Vaccination in Bombay 1863-1868 - 1863-1868
Year: 1863
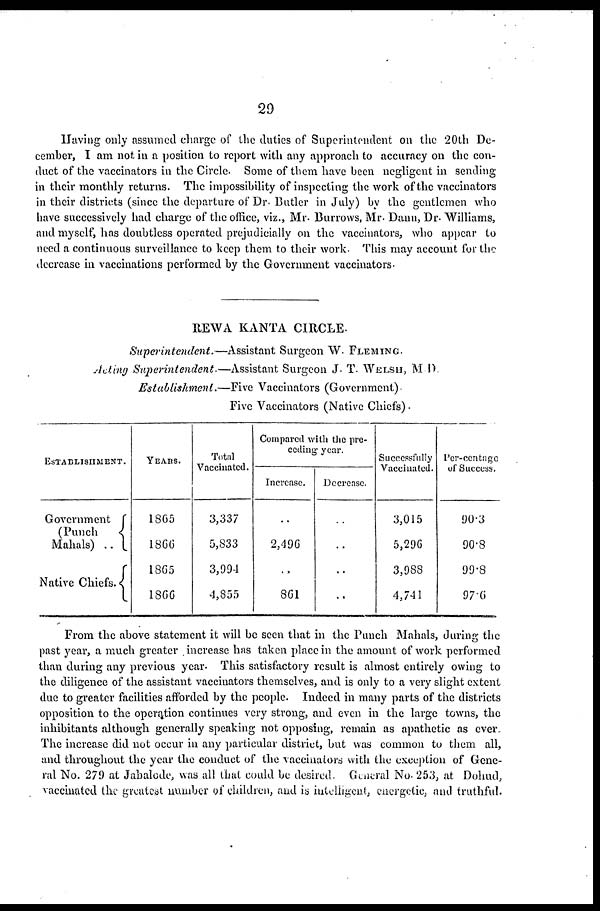
29
Having only assumed charge of the duties of Superintendent on the 20th De-
cember, I am not in a position to report with any approach to accuracy on the con-
duct of the vaccinators in the Circle. Some of them have been negligent in sending
in their monthly returns. The impossibility of inspecting the work of the vaccinators
in their districts (since the departure of Dr. Butler in July) by the gentlemen who
have successively had charge of the office, viz., Mr. Burrows, Mr. Dann, Dr. Williams,
and myself, has doubtless operated prejudicially on the vaccinators, who appear to
need a continuous surveillance to keep them to their work. This may account for the
decrease in vaccinations performed by the Government vaccinators-
REWA KANTA CIRCLE.
Superintendent.—Assistant
Surgeon W. FLEMING.
Acting Superintendent.—Assistant
Surgeon J. T. WELSH, M. D.
Establishment.—Five Vaccinators (Government)
Five Vaccinators (Native Chiefs) .
ESTABLISHMENT.
Government
(Punch
Mahals) ..
Native Chiefs.
YEARS.
1865
1866
1865
1866
Total
Vaccinated.
3,337
5,833
3,994
4,855
Compared with the pre¬
ceding year.
Increase.
..
2,496
..
861
Decrease.
..
..
..
..
Successfully
Vaccinated.
3,015
5,296
3,988
4,741
Per-centage
of Success.
90.3
90.8
99.8
97.6
From the above statement it will be seen that in the Punch Mahals, during the
past year, a much greater increase has taken place in the amount of work performed
than during any previous year. This satisfactory result is almost entirely owing to
the diligence of the assistant vaccinators themselves, and is only to a very slight extent
due to greater facilities afforded by the people. Indeed in many parts of the districts
opposition to the operation continues very strong, and even in the large towns, the
inhibitants although generally speaking not opposing, remain as apathetic as ever.
The increase did not occur in any particular district, but was common to them all,
and throughout the year the conduct of the vaccinators with the exception of Gene-
ral No. 279 at Jabalode, was all that could be desired. General No. 253, at Dohud,
vaccinated the greatest number of children, and is intelligent, energetie, and truthful.